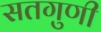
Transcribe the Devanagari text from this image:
सतगुणी